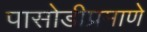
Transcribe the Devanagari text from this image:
पासोडीप्रमाणे